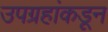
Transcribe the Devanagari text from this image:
उपग्रहांकडून